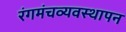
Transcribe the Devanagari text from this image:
रंगमंचव्यवस्थापन